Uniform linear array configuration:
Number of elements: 32
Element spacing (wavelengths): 0.75
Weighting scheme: exponential
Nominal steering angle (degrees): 60
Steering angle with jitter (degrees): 61.963
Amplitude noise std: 0.05
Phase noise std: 0.05

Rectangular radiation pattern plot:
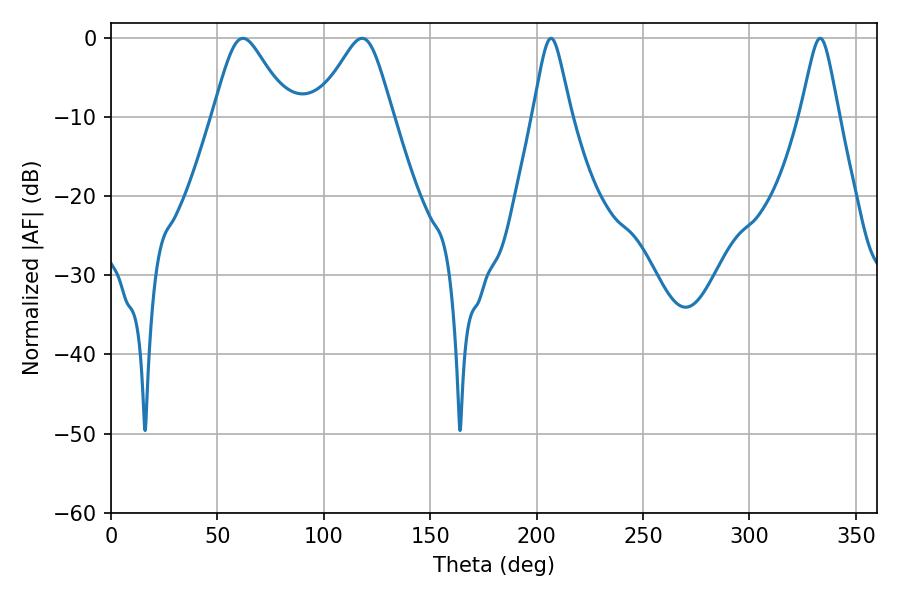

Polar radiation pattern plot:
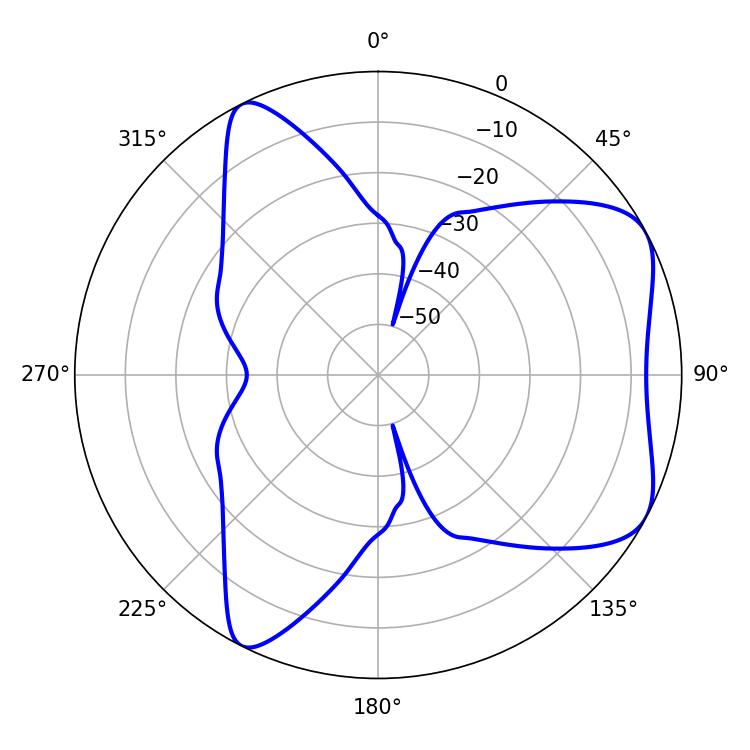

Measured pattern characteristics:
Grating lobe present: TRUE
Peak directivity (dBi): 6.042
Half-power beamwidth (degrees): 17.1
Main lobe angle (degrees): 61.92